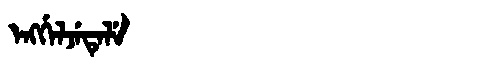
Manchu: ᡝᠩᡤᡝᠯᠵᡝᡨᡝᠯᡝ
Romanization: ENGGELJETELE